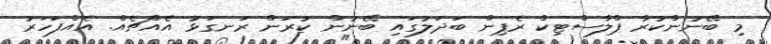
މި ބޭނުންކުރާ ޕްލާސްޓިކް ރެޕިން ބަދަލުގައި ބޭނުން ކުރަން ރަނގަޅު އެއްޗެއް. އެއްފަހަރު